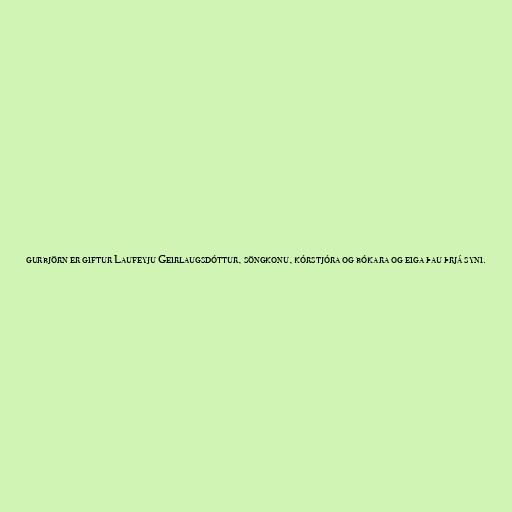
gurbjörn er giftur Laufeyju Geirlaugsdóttur, söngkonu, kórstjóra og bókara og eiga þau þrjá syni.